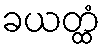
ခယတ္ထံ